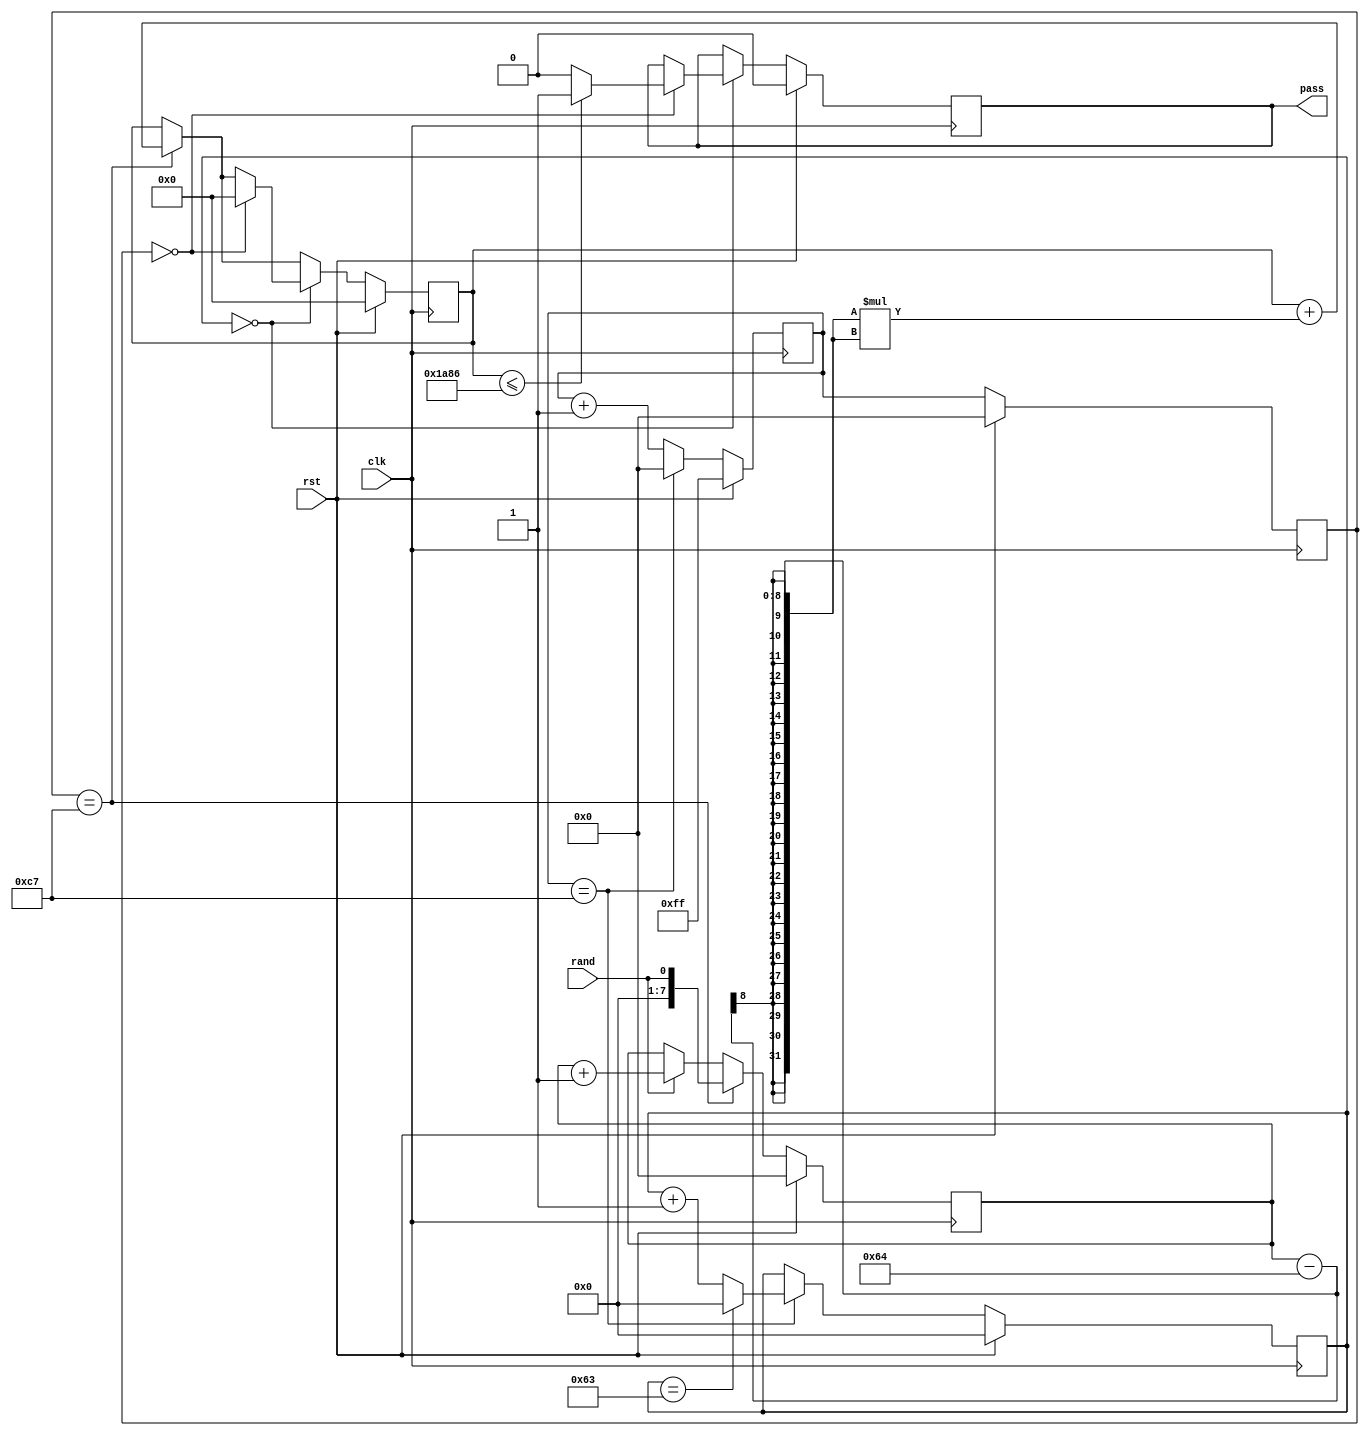
module Frequency_Block(
    input wire clk,
	 input wire rst,
    input wire rand,
    output reg pass
    );
	 
parameter n = 100, M = 200, U = 6790;

reg [7:0] count_bits0, count_bits1, count_ones;
reg [6:0] count_blocks;
reg [19:0] chi_sqr; //log2((M^2)/4*n)

always @(posedge clk)
	if (rst) begin
		count_bits0 <= 8'HFF;
		count_bits1 <= 0;
		count_blocks <= 0;
		count_ones <= 0;
		chi_sqr <= 0;
		pass <= 0;
	end
	else begin
		count_bits0 <= count_bits0 + 1; 
		if (count_bits0 == (M-1)) begin
			count_bits0 <= 0;
			count_blocks <= count_blocks + 1;
			if (count_blocks == (n-1)) begin
				count_blocks <= 0; 
			end
		end
		count_bits1 <= count_bits0;
		//count_bits2 <= count_bits1;
		
		if (rand) count_ones <= count_ones + 1;			
		if (count_bits1 == (M-1)) begin
			count_ones <= rand;
			chi_sqr <= chi_sqr + (count_ones - M/2)*(count_ones - M/2);
		end
		
		if (count_blocks == 0)
			if (count_bits1 == 0)			
			begin
				chi_sqr <= 0;
				if (chi_sqr <= U) pass <= 1;
				else pass <= 0;
			end
		
	end
	
endmodule